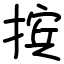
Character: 摈